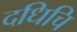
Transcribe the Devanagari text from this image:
दधिचि